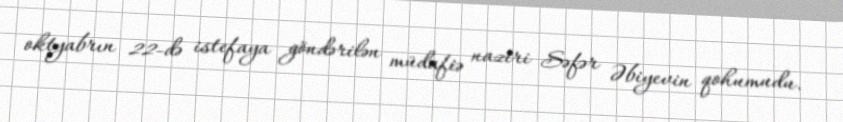
oktyabrın 22-də istefaya göndərilən müdafiə naziri Səfər Əbiyevin qohumudu.